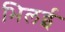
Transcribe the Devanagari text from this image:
भिलई